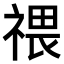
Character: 𥚸